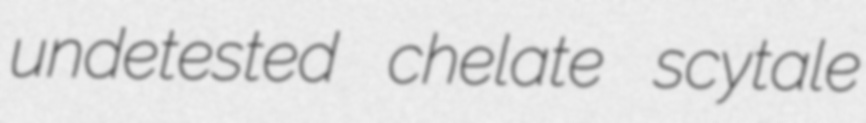
undetested chelate scytale